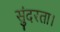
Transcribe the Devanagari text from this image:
सुंदरता।